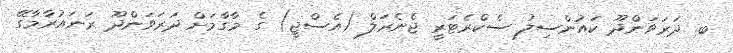
ބ. ދަރަވަންދޫ ކައުންސިލު ސެކްރެޓަރީ ޖެނެރަލް (އެސްޖީ) ގެ މާގާމަށް ދަރަވަންދޫ ރަނައުރާމާގޭ